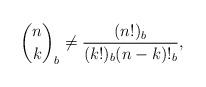
LaTeX: \begin{align*}\binom{n}{k}_b \neq \frac{(n!)_b}{(k!)_b(n-k)!_b},\end{align*}